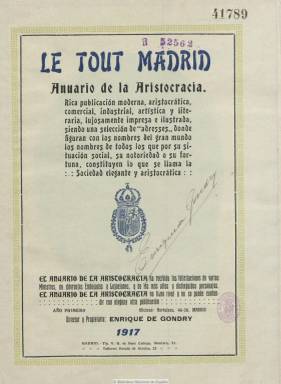
Título: Le Tout Madrid
Colección: Guías y directorios
Ámbito geográfico: Madrid
Lugar de publicación: Madrid
Fechas: 01/01/1917-31/12/1917

Con el subtítulo “anuario de la aristocracia”, ofrece información de los integrantes de  la Familia Real Española, la nobleza, con la dirección postal de los poseedores de los títulos de marqués, conde y duque, pero también de los integrantes de los ministerios y de los miembros de sociedades, como el Ateneo de Madrid o el Casino de Sevilla. También da cuenta de profesionales, como es el caso de los abogados, pues en sus datos indica que en el anuario “figuran los nombres de todos los que por situación social, su notoriedad o su fortuna constituyen lo que se llama la sociedad elegante y aristocrática”. También inserta fotograbados, generalmente retratos, siendo los relativos a la Familia Real del fotógrafo Franzen, así como algunos anuncios publicitarios. Su director y propietario es Enrique de Gondry.